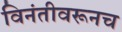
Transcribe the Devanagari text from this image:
विनंतीवरूनच